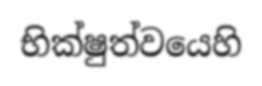
භික්ෂුත්වයෙහි